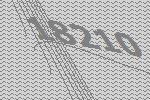
18210